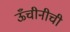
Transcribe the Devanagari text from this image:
ऊँचीनीची